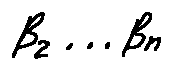
\beta _ { 2 } \ldots \beta _ { n }